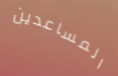
المساعدين